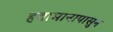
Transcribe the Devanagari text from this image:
हवामानापासुन